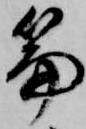
篇